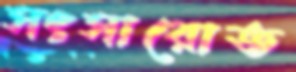
সংসারোত